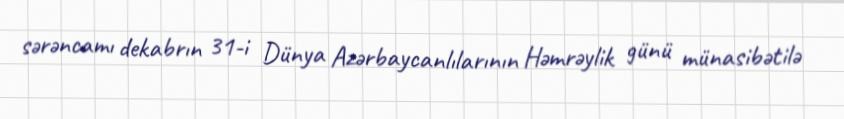
sərəncamı dekabrın 31-i Dünya Azərbaycanlılarının Həmrəylik günü münasibətilə